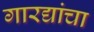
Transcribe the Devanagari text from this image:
गारद्यांचा